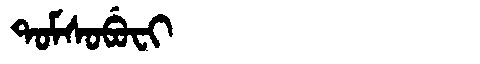
Manchu: ᡨᠣᠮᠰᠣᠪᡠᠸᡳ
Romanization: TOMSOBUFI